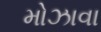
મોઝાવા